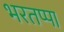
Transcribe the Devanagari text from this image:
भरतप्पा